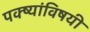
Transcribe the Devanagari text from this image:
पक्ष्यांविषयी